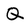
Character: Q